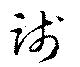
践